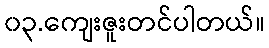
၀၃.ကျေးဇူးတင်ပါတယ်။